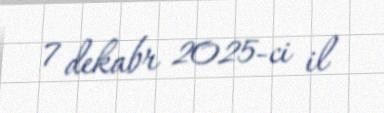
7 dekabr 2025-ci il